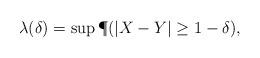
LaTeX: \begin{align*}\lambda(\delta) = \sup \P(|X-Y| \geq 1-\delta) ,\end{align*}